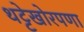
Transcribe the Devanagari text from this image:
थट्टेखोरपणा